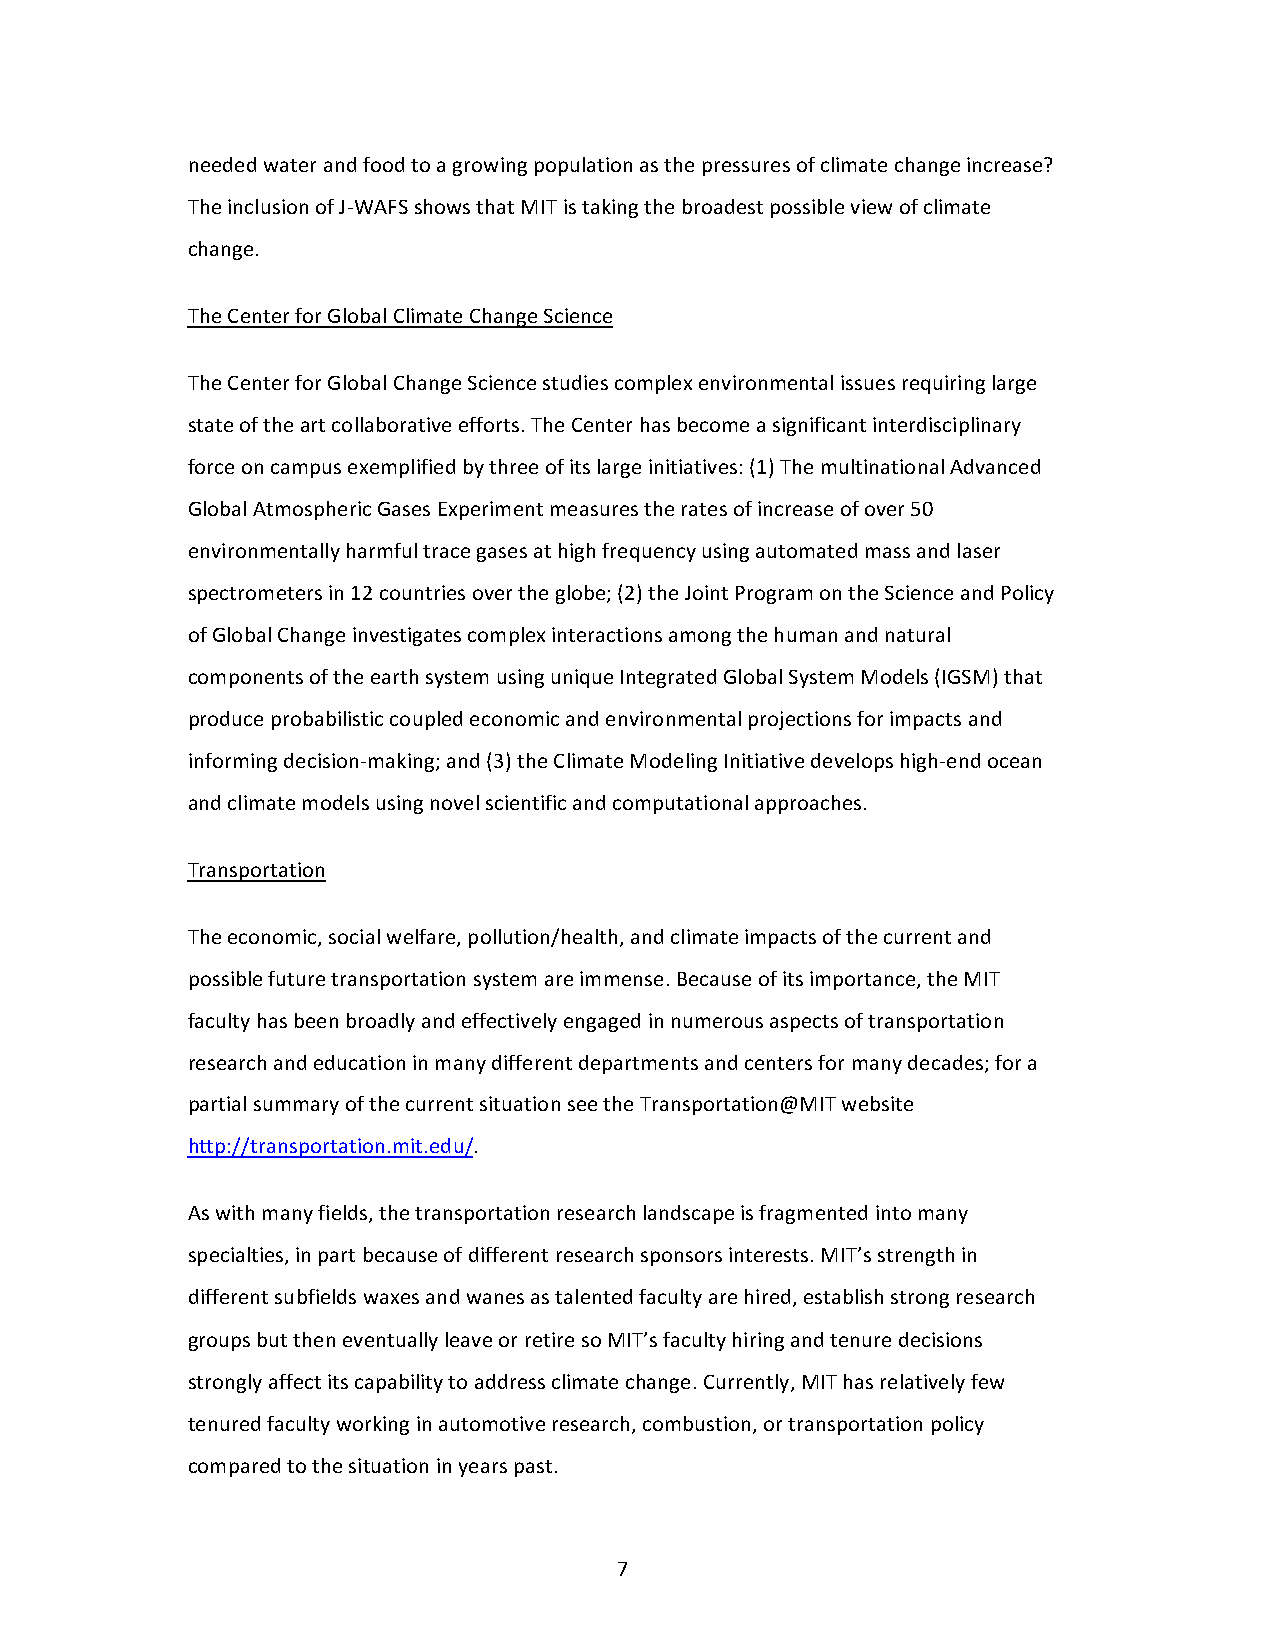
needed water and food to a growing population as the pressures of climate change increase?
 The inclusion of J-WAFS shows that MIT is taking the broadest possible view of climate
 change.
 The Center for Global Climate Change Science
 The Center for Global Change Science studies complex environmental issues requiring large
 state of the art collaborative efforts. The Center has become a significant interdisciplinary
 force on campus exemplified by three of its large initiatives: (1) The multinational Advanced
 Global Atmospheric Gases Experiment measures the rates of increase of over 50
 environmentally harmful trace gases at high frequency using automated mass and laser
 spectrometers in 12 countries over the globe; (2) the Joint Program on the Science and Policy
 of Global Change investigates complex interactions among the human and natural
 components of the earth system using unique Integrated Global System Models (IGSM) that
 produce probabilistic coupled economic and environmental projections for impacts and
 informing decision-making; and (3) the Climate Modeling Initiative develops high-end ocean
 and climate models using novel scientific and computational approaches.
 Transportation
 The economic, social welfare, pollution/health, and climate impacts of the current and
 possible future transportation system are immense. Because of its importance, the MIT
 faculty has been broadly and effectively engaged in numerous aspects of transportation
 research and education in many different departments and centers for many decades; for a
 partial summary of the current situation see the Transportation@MIT website
 http://transportation.mit.edu/.
 As with many fields, the transportation research landscape is fragmented into many
 specialties, in part because of different research sponsors interests. MIT’s strength in
 different subfields waxes and wanes as talented faculty are hired, establish strong research
 groups but then eventually leave or retire so MIT’s faculty hiring and tenure decisions
 strongly affect its capability to address climate change. Currently, MIT has relatively few
 tenured faculty working in automotive research, combustion, or transportation policy
 compared to the situation in years past.
 7